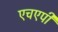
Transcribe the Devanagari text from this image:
एचएपी